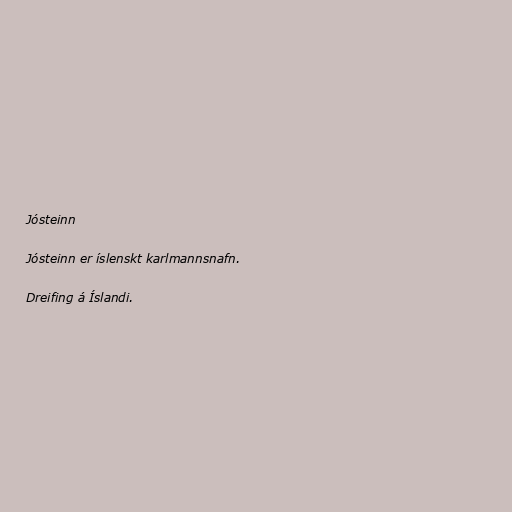
Jósteinn

Jósteinn er íslenskt karlmannsnafn.

Dreifing á Íslandi.